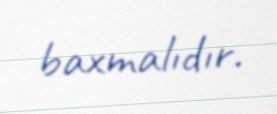
baxmalıdır.